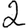
Digit: 2